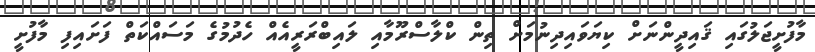
މާފުށީޖަލުގައި ޤައިދީންނަށް ކިޔަވައިދިނުމަށް ތިން ކްލާސްރޫމާއި ލައިބްރަރީއެއް ހެދުމުގެ މަސައްކަތް ފަށައިފި މާފުށީ